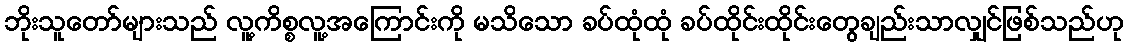
ဘိုးသူတော်များသည် လူ့ကိစ္စလူ့အကြောင်းကို မသိသော ခပ်ထုံထုံ ခပ်ထိုင်းထိုင်းတွေချည်းသာလျှင်ဖြစ်သည်ဟု